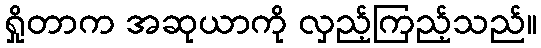
ရှိုတာက အဆုယာကို လှည့်ကြည့်သည်။